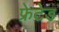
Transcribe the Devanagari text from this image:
फ्रेटेड